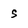
Character: s